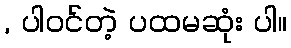
, ပါဝင်တဲ့ ပထမဆုံး ပါ။